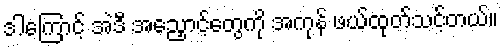
ဒါကြောင့် အဲဒီ အညှောင့်တွေကို အကုန် ဖယ်ထုတ်သင့်တယ်။